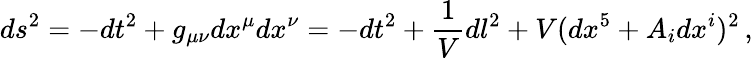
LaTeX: ds^{2}=-dt^{2}+g_{\mu\nu}dx^{\mu}dx^{\nu}=-dt^{2}+\frac{1}{V}dl^{2}+V(dx^{5}+A_{i}dx^{i})^{2}\, ,